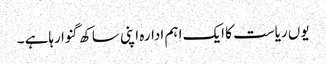
یوں ریاست کا ایک اہم ادارہ اپنی ساکھ گنوا رہاہے ۔